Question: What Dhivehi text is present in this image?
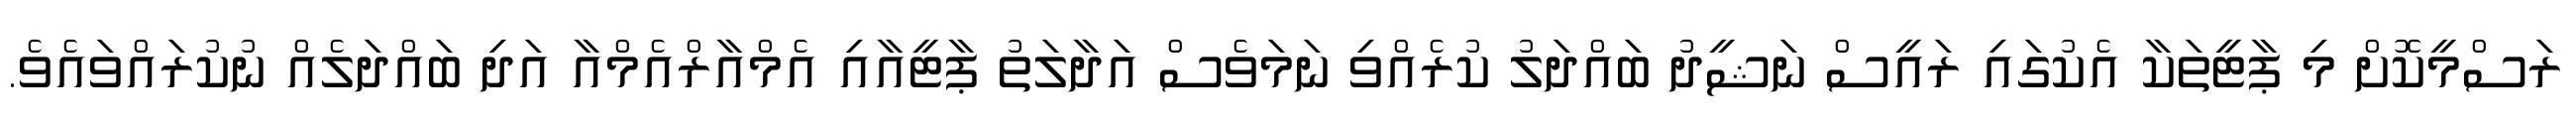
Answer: ރަސްމީކޮށް މި ޕާޓީތަކާ އެކުގައި ރައީސް ނަޝީދު ބައްދަލު ކުރެއްވި ނަމަވެސް އަދާލަތު ޕާޓީއާއި އެމްއާރްއެމްއާ އަދި ބައްދަލެއް ނުކުރައްވައެވެ.